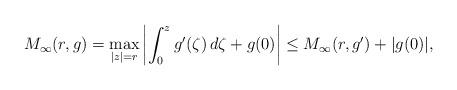
LaTeX: \begin{align*}M_\infty(r,g)=\max_{|z|=r}\left|\int_0^zg'(\zeta)\,d\zeta+g(0)\right|\le M_\infty(r,g')+|g(0)|,\end{align*}